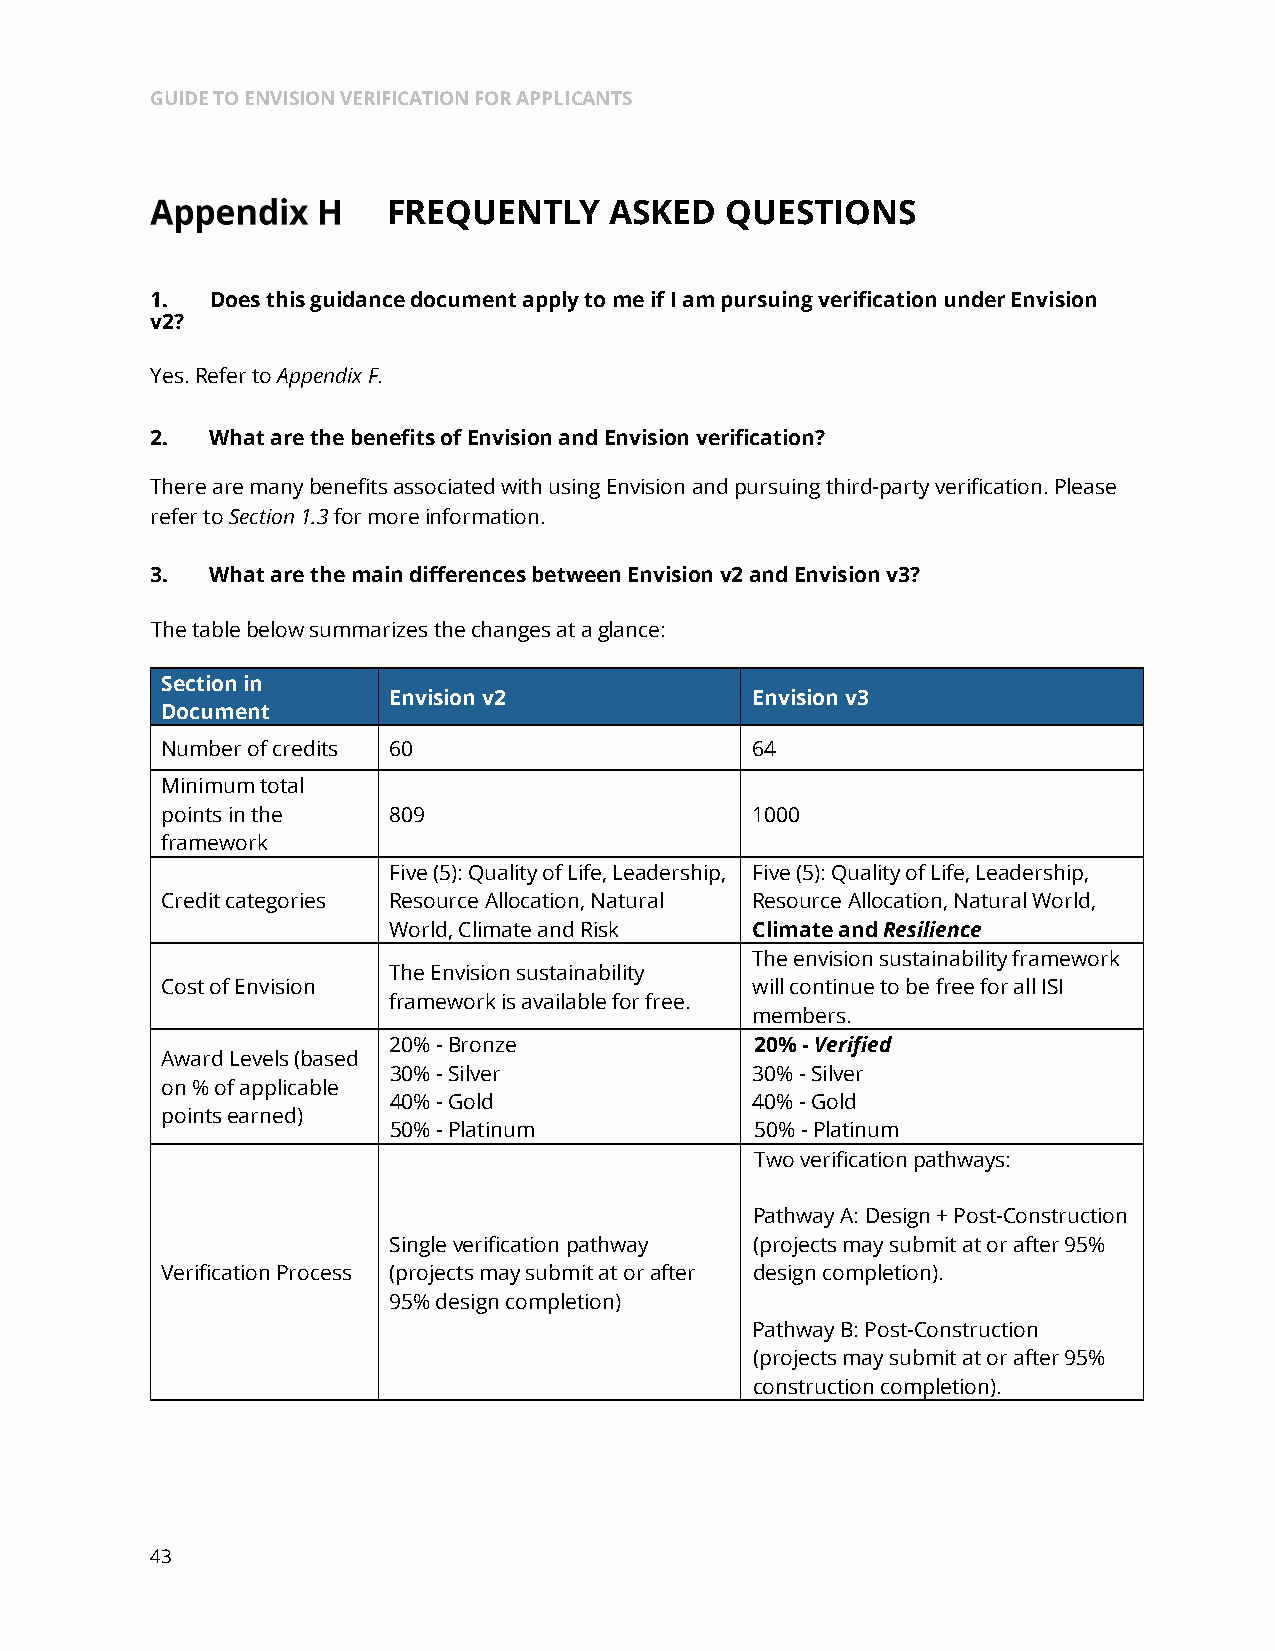
GUIDE TO ENVISION VERIFICATION FOR APPLICANTS
 FREQUENTLY    ASKED   QUESTIONS
 1.  Does this guidance document apply to me if I am pursuing verification under Envision
 v2?
 Yes. Refer to Appendix F.
 2.  What are the benefits of Envision and Envision verification?
 There are many benefits associated with using Envision and pursuing third-party verification. Please
 refer to Section 1.3 for more information.
 3.  What are the main differences between Envision v2 and Envision v3?
 The table below summarizes the changes at a glance:
 Section in
 Envision v2             Envision v3
 Document
 Number of credits 60                   64
 Minimum total
 points in the  809                     1000
 framework
 Five (5): Quality of Life, Leadership, Five (5): Quality of Life, Leadership,
 Credit categories Resource Allocation, Natural Resource Allocation, Natural World,
 World, Climate and Risk Climate and Resilience
 The envision sustainability framework
 The Envision sustainability
 Cost of Envision                       will continue to be free for all ISI
 framework is available for free.
 members.
 20% - Bronze            20% - Verified
 Award Levels (based
 30% - Silver            30% - Silver
 on % of applicable
 40% - Gold              40% - Gold
 points earned)
 50% - Platinum          50% - Platinum
 Two verification pathways:
 Pathway A: Design + Post-Construction
 Single verification pathway (projects may submit at or after 95%
 Verification Process (projects may submit at or after design completion).
 95% design completion)
 Pathway B: Post-Construction
 (projects may submit at or after 95%
 construction completion).
 43